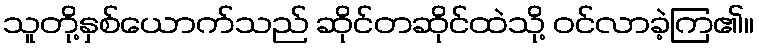
သူတို့နှစ်ယောက်သည် ဆိုင်တဆိုင်ထဲသို့ ဝင်လာခဲ့ကြ၏။